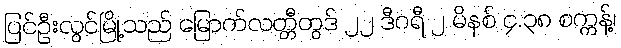
ပြင်ဦးလွင်မြို့သည် မြောက်လတ္တီတွဒ် ၂၂ ဒီဂရီ ၂ မိနစ် ၄.၃၈ စက္ကန့်၊